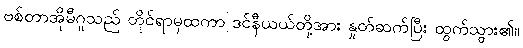
ဗစ်တာအိုမီဂူသည် တိုင်ရာမှထကာ ဒင်နီယယ်တို့အား နှုတ်ဆက်ပြီး ထွက်သွား၏။